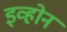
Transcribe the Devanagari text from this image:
इव्होन